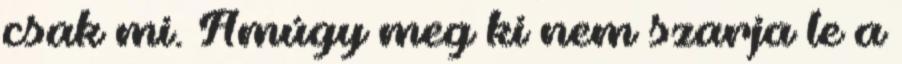
csak mi. Amúgy meg ki nem szarja le a